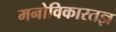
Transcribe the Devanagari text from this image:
मनोविकारतज्ञ